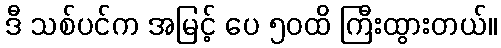
ဒီ သစ်ပင်က အမြင့် ပေ ၅၀ထိ ကြီးထွားတယ်။